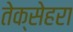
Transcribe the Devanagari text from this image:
तेक्सेहरा